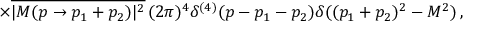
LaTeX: \times { \overline { { { | { \cal { M } } ( p \to p _ { 1 } + p _ { 2 } ) | ^ { 2 } } } } } \, ( 2 \pi ) ^ { 4 } \delta ^ { ( 4 ) } ( p - p _ { 1 } - p _ { 2 } ) \delta ( ( p _ { 1 } + p _ { 2 } ) ^ { 2 } - M ^ { 2 } ) \, ,